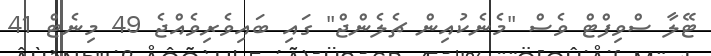
ޓޭލާ ސްވިފްޓް ވެސް "މެނެކުއިން ޗެލެންޖް" ގައި ބައިވެރިވެއްޖެ 49 މިނެޓް 41